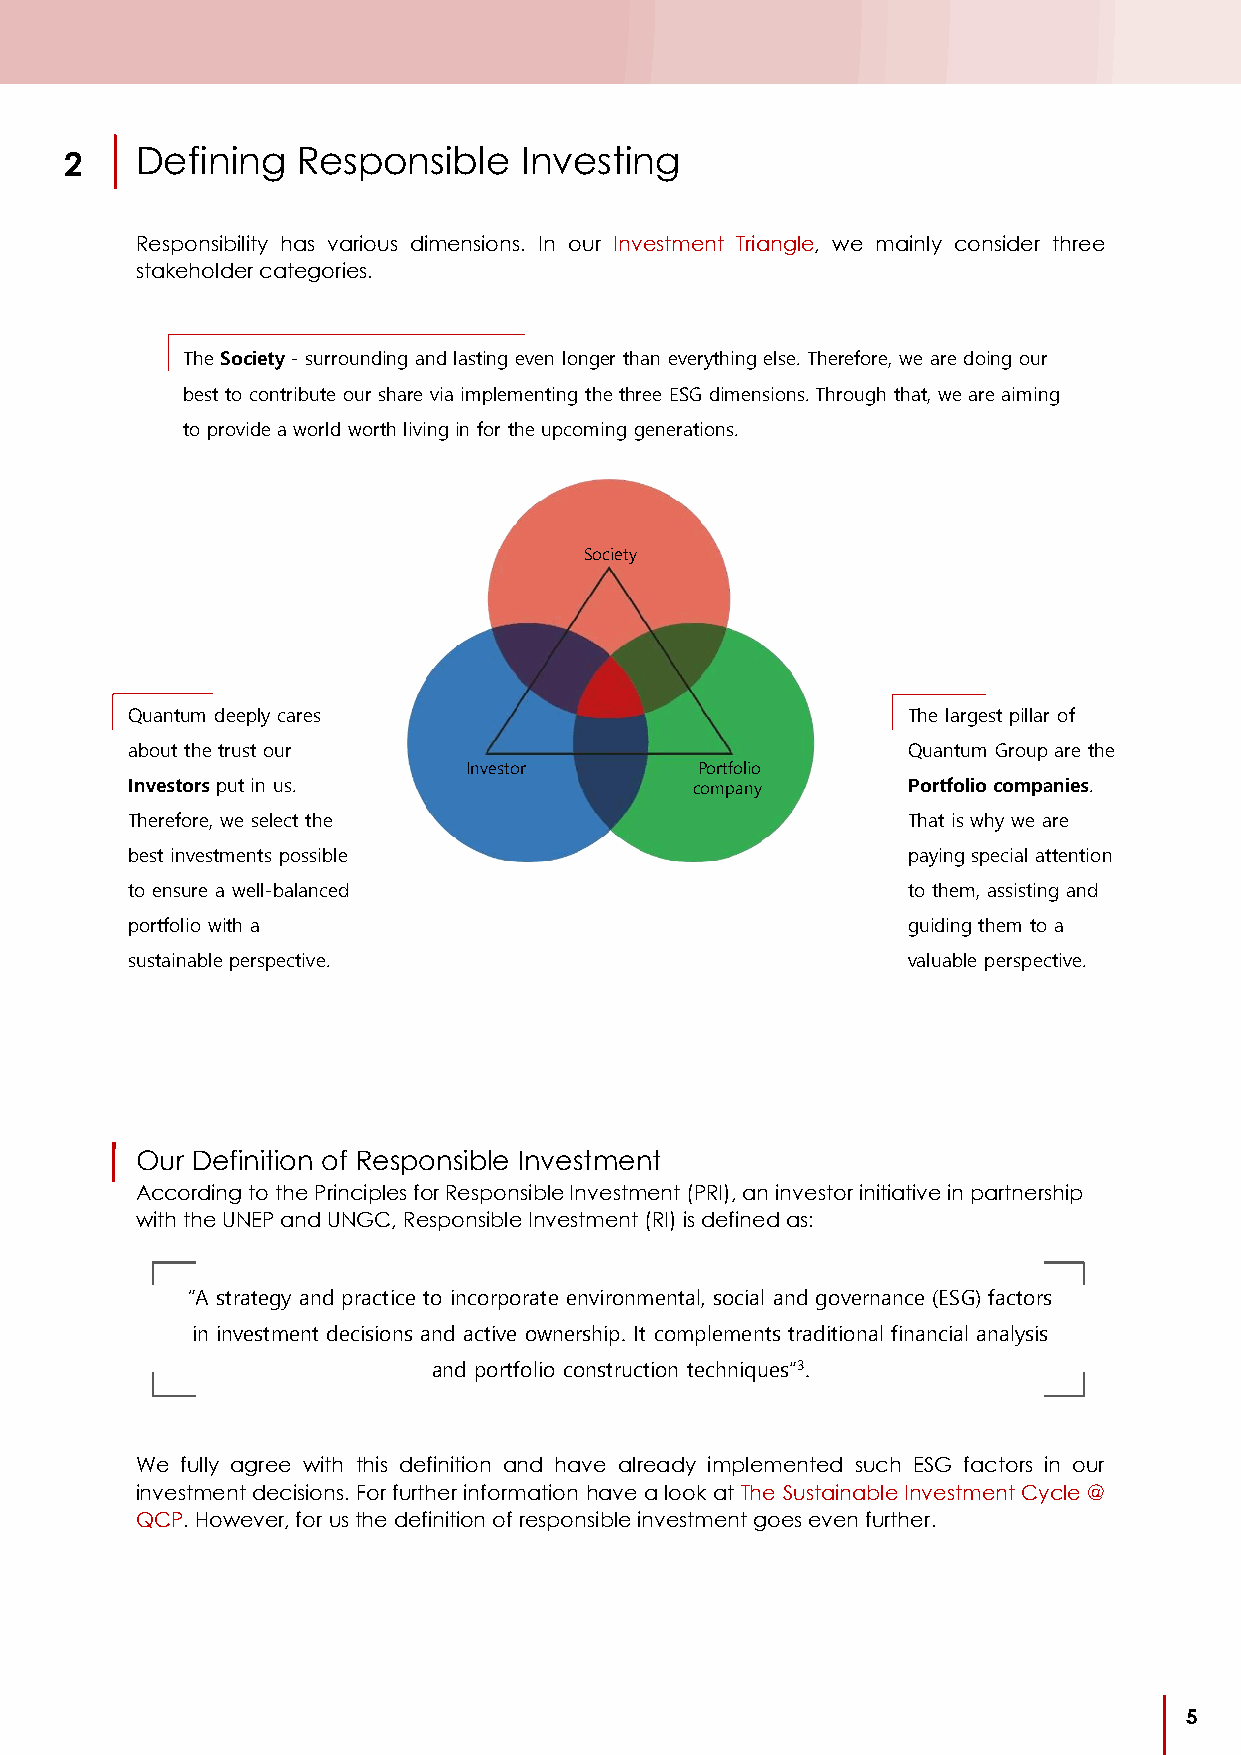
2    Defining   Responsible    Investing
 Responsibility has various dimensions. In our Investment Triangle, we mainly consider three
 stakeholder categories.
 The Society - surrounding and lasting even longer than everything else. Therefore, we are doing our
 best to contribute our share via implementing the three ESG dimensions. Through that, we are aiming
 to provide a world worth living in for the upcoming generations.
 Q uantum deeply cares                               The largest pillar of
 about the trust our                                 Quantum Group are the
 Investors put in us.                                Portfolio companies.
 Therefore, we select the                            That is why we are
 best investments possible                           paying special attention
 to ensure a well-balanced                           to them, assisting and
 portfolio with a                                    guiding them to a
 sustainable perspective.                            valuable perspective.
 Our Definition of Responsible Investment
 According to the Principles for Responsible Investment (PRI), an investor initiative in partnership
 with the UNEP and UNGC, Responsible Investment (RI) is defined as:
 “A strategy and practice to incorporate environmental, social and governance (ESG) factors
 in investment decisions and active ownership. It complements traditional financial analysis
 and portfolio construction techniques”3.
 We fully agree with this definition and have already implemented such ESG factors in our
 investment decisions. For further information have a look at The Sustainable Investment Cycle @
 QCP. However, for us the definition of responsible investment goes even further.
 5